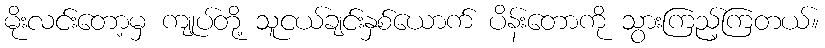
မိုးလင်းတော့မှ ကျုပ်တို့ သူငယ်ချင်းနှစ်ယောက် ပိန်းတောကို သွားကြည့်ကြတယ်။